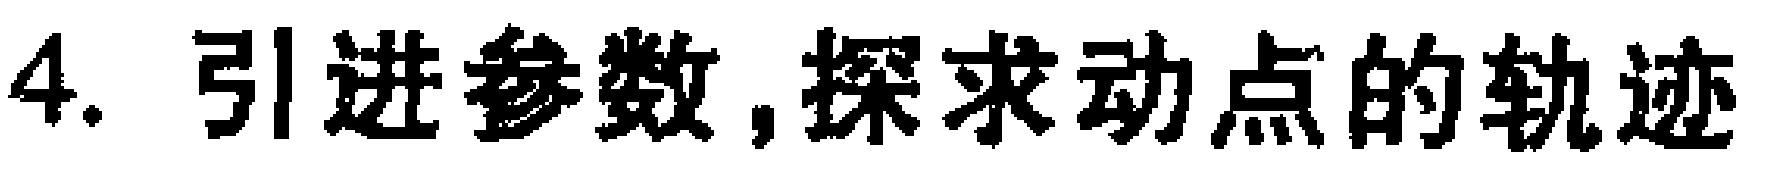
4. 引进参数,探求动点的轨迹